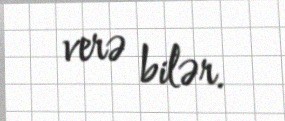
verə bilər.